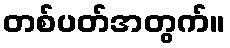
တစ်ပတ်အတွက်။